Note on the mental hospitals in Burma - 1925-1940
Year: 1925
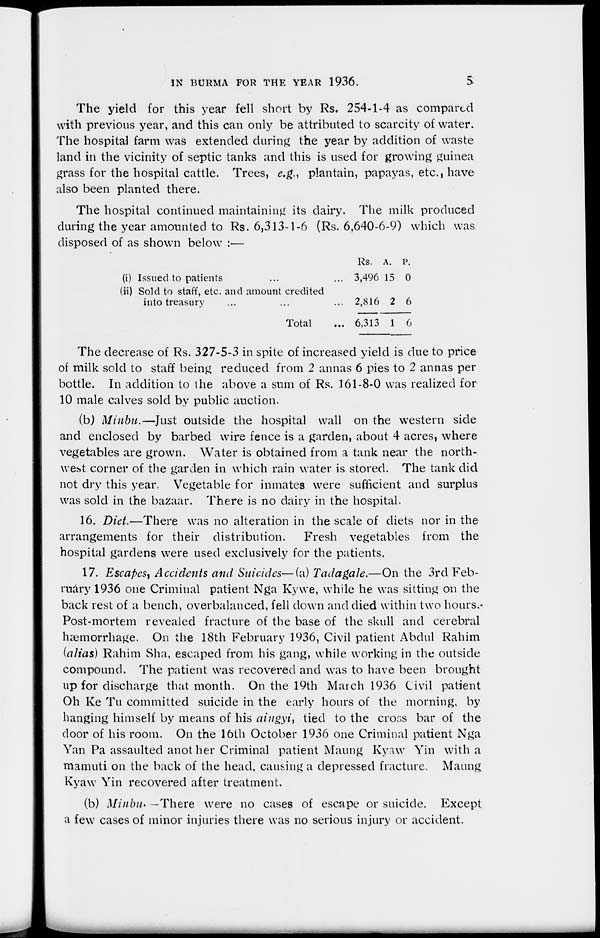
IN BURMA FOR THE YEAR 1936.
5
The yield for this year fell short by Rs. 254-1-4 as compared
with previous year, and this can only be attributed to scarcity of water.
The hospital farm was extended during the year by addition of waste
land in the vicinity of septic tanks and this is used for growing guinea
grass for the hospital cattle. Trees, e.g., plantain, papayas, etc., have
also been planted there.
The hospital continued maintaining its dairy. The milk produced
during the year amounted to Rs. 6,313-1-6 (Rs. 6,640-6-9) which was
disposed of as shown below :—
(i) Issued to patients ... ...
(ii) Sold to staff, etc. and amount credited
into treasury
Total
Rs.
3,496
2,816
6,313
A.
15
2
1
P.
0
6
6
The decrease of Rs. 327-5-3 in spite of increased yield is due to price
of milk sold to staff being reduced from 2 annas 6 pies to 2 annas per
bottle. In addition to the above a sum of Rs. 161-8-0 was realized for
10 male calves sold by public auction.
(b) Minbu.—Just outside the hospital wall on the western side
and enclosed by barbed wire fence is a garden, about 4 acres, where
vegetables are grown. Water is obtained from a tank near the north-
west corner of the garden in which rain water is stored. The tank did
not dry this year. Vegetable for inmates were sufficient and surplus
was sold in the bazaar. There is no dairy in the hospital.
16. Diet.—There was no alteration in the scale of diets nor in the
arrangements for their distribution.
Fresh vegetables from the
hospital gardens were used exclusively for the patients.
17. Escapes, Accidents and Suicides—(a) Tadagale.—On the 3rd Feb-
ruary 1936 one Criminal patient Nga Kywe, while he was sitting on the
back rest of a bench, overbalanced, fell down and died within two hours.
Post-mortem revealed fracture of the base of the skull and cerebral
hæmorrhage. On the 18th February 1936, Civil patient Abdul Rahim
(alias) Rahim Sha, escaped from his gang, while working in the outside
compound. The patient was recovered and was to have been brought
up for discharge that month. On the 19th March 1936 Civil patient
Oh Ke Tu committed suicide in the early hours of the morning, by
hanging himself by means of his aingyi, tied to the cross bar of the
door of his room. On the 16th October 1936 one Criminal patient Nga
Yan Pa assaulted another Criminal patient Maung Kyaw Yin with a
mamuti on the back of the head, causing a depressed fracture. Maung
Kyaw Yin recovered after treatment.
(b) Minbu.—There were no cases of escape or suicide. Except
a few cases of minor injuries there was no serious injury or accident.